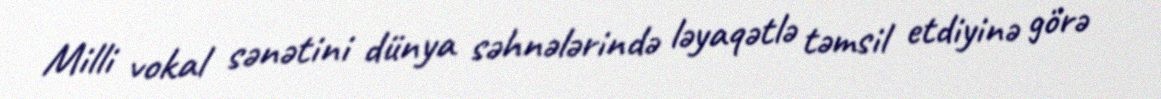
Milli vokal sənətini dünya səhnələrində ləyaqətlə təmsil etdiyinə görə